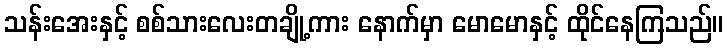
သန်းအေးနှင့် စစ်သားလေးတချို့ကား နောက်မှာ မောမောနှင့် ထိုင်နေကြသည်။